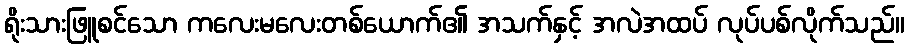
ရိုးသားဖြူစင်သော ကလေးမလေးတစ်ယောက်၏ အသက်နှင့် အလဲအထပ် လုပ်ပစ်လိုက်သည်။